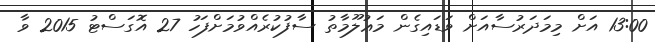
13:00 އަށް މިމަދަރުސާއަށް ވަޑައިގެން މަޢުލޫމާތު ސާފުކުރެއްވުމަށްފަހު 27 އޮގަސްޓު 2015 ވާ